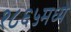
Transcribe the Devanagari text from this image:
१८६५मध्ये